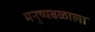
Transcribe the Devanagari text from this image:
मनुष्यबळाला